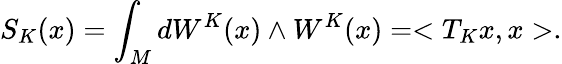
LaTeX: S_{K}(x)=\int_{M}dW^{K}(x)\wedge W^{K}(x)=<T_{K}x,x>.